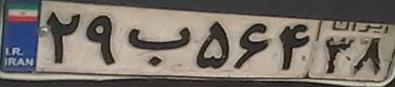
۲۹ب۵۶۴۳۸